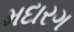
મદારગ